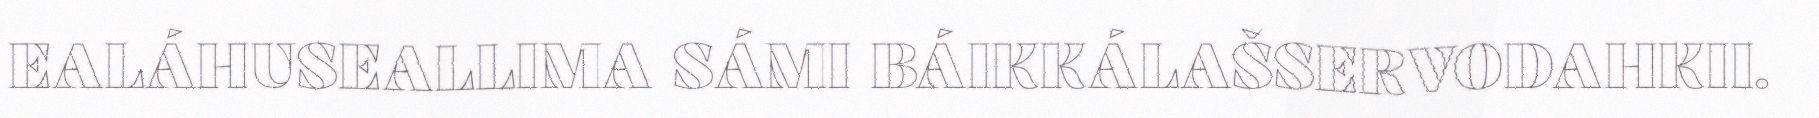
EALÁHUSEALLIMA SÁMI BÁIKKÁLAŠSERVODAHKII.